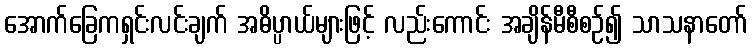
အောက်ခြေကရှင်းလင်းချက် အဓိပ္ပာယ်များဖြင့် လည်းကောင်း အချိန်မီစီစဉ်၍ သာသနာတော်